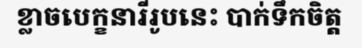
ខ្លាចបេក្ខនារីរូបនេះ បាក់ទឹកចិត្ត